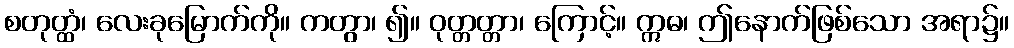
စတုတ္ထံ၊ လေးခုမြောက်ကို။ ကတွာ၊ ၍။ ဝုတ္တတ္တာ၊ ကြောင့်။ ဣဓ၊ ဤနောက်ဖြစ်သော အရာ၌။